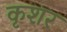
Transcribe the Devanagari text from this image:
कृशर